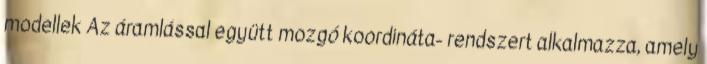
modellek Az áramlással együtt mozgó koordináta- rendszert alkalmazza, amely